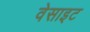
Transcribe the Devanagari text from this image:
वेसाइट